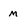
Character: M